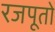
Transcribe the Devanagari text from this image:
रजपूतो